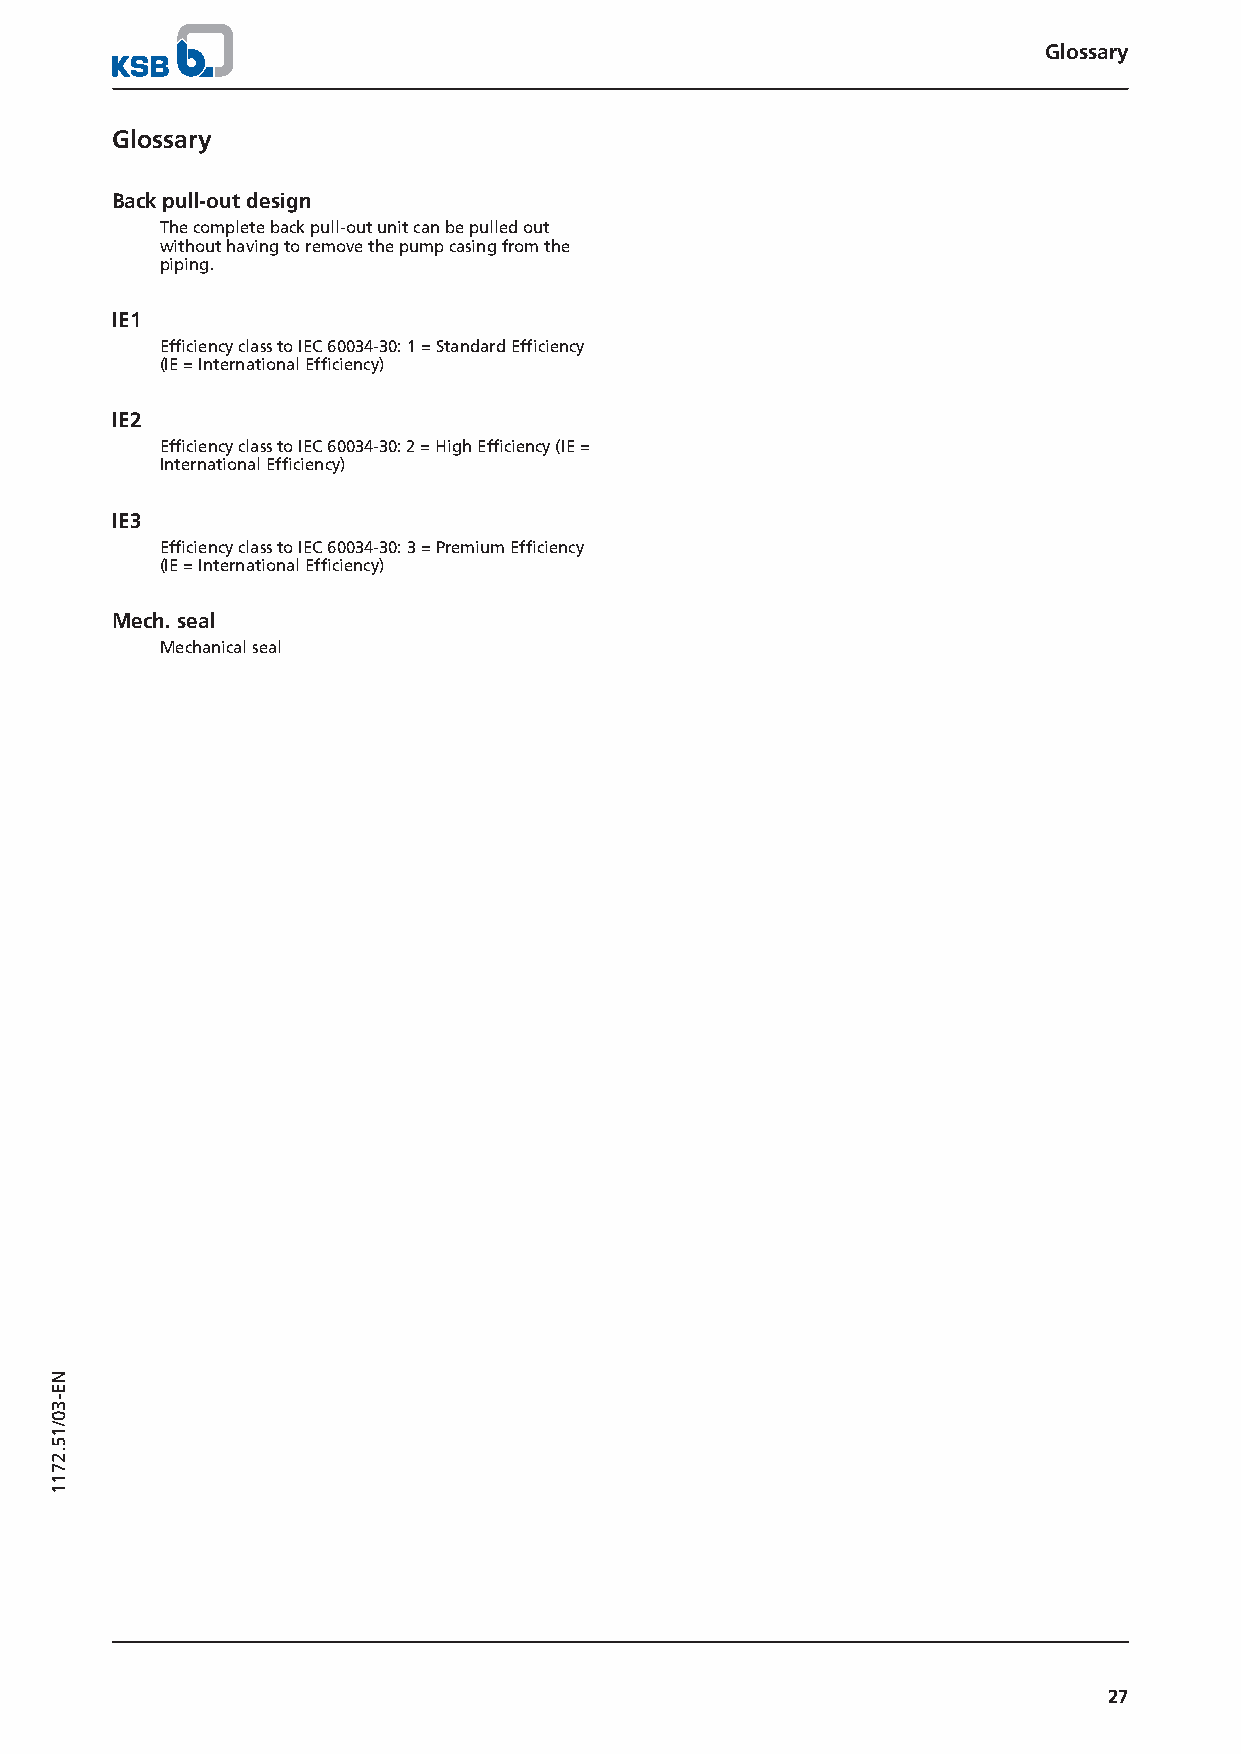
Glossary
 Glossary
 Back pull-out design
 The complete back pull-out unit can be pulled out
 without having to remove the pump casing from the
 piping.
 IE1
 Efficiency class to IEC 60034-30: 1 = Standard Efficiency
 (IE = International Efficiency)
 IE2
 Efficiency class to IEC 60034-30: 2 = High Efficiency (IE =
 International Efficiency)
 IE3
 Efficiency class to IEC 60034-30: 3 = Premium Efficiency
 (IE = International Efficiency)
 Mech. seal
 Mechanical seal
 27
 NE-30/15.2711